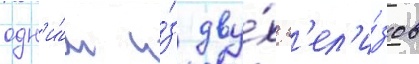
одн'и́м и́з дву́х р'ел'и́зов